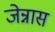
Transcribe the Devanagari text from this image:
जेन्नास